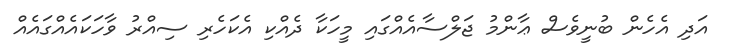
އަދި އެހެން ބުނީވެސް ޢާންމު ޖަލްސާއެއްގައި މީހަކާ ދެއްކި އެކަހެރި ސިއްރު ވާހަކައެއްގައެއް